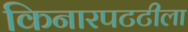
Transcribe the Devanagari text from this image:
किनारपटटीला